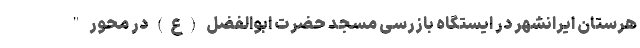
هرستان ایرانشهر در ایستگاه بازرسی مسجد حضرت ابوالفضل (ع) در محور "